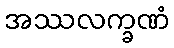
အဿလက္ခဏံ